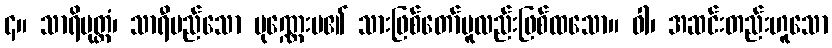
၄။ သာရိပုတ္တံ၊ သာရီမည်သော ပုဏ္ဏေးမ၏ သားဖြစ်တော်မူလည်းဖြစ်ထသော။ ဝါ၊ အဆင်းတည်းဟူသော